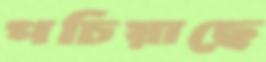
পচিয়াছে